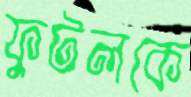
ফুটলকে